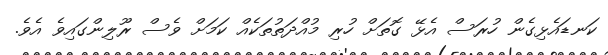
ކަނޑައެޅިގެން ހުރަސް އެޅޭ ގޮތަށް ހުރި މުއްދަތުތަކެއް ކަމަށް ވެސް ރޫލިންގައިވެ އެވެ.